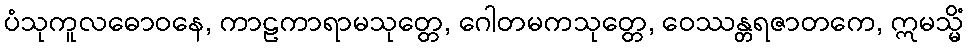
ပံသုကူလဓောဝနေ, ကာဠကာရာမသုတ္တေ, ဂေါတမကသုတ္တေ, ဝေဿန္တရဇာတကေ, ဣမသ္မိံ